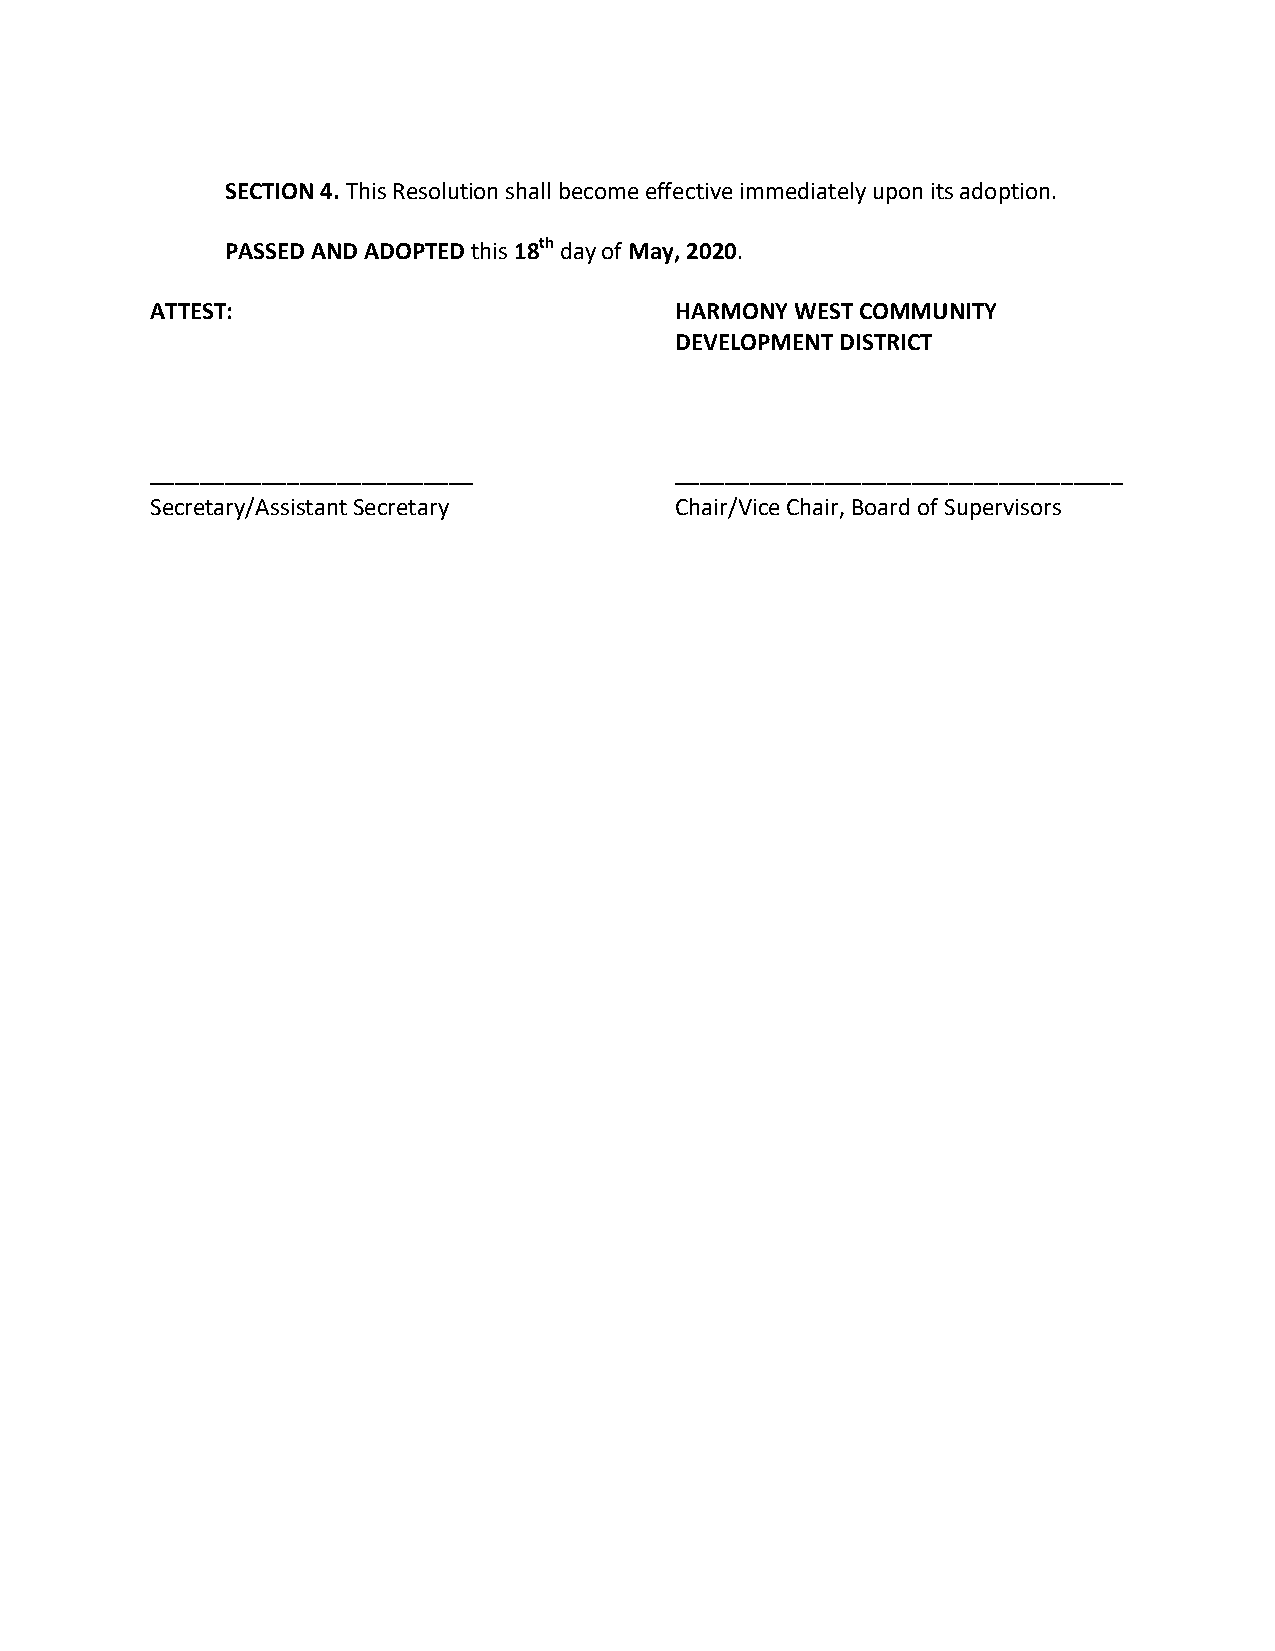
SECTION 4. This Resolution shall become effective immediately upon its adoption.
 PASSED AND ADOPTED this 18th day of May, 2020.
 ATTEST:                            HARMONY WEST COMMUNITY
 DEVELOPMENT DISTRICT
 __________________________         ____________________________________
 Secretary/Assistant Secretary      Chair/Vice Chair, Board of Supervisors